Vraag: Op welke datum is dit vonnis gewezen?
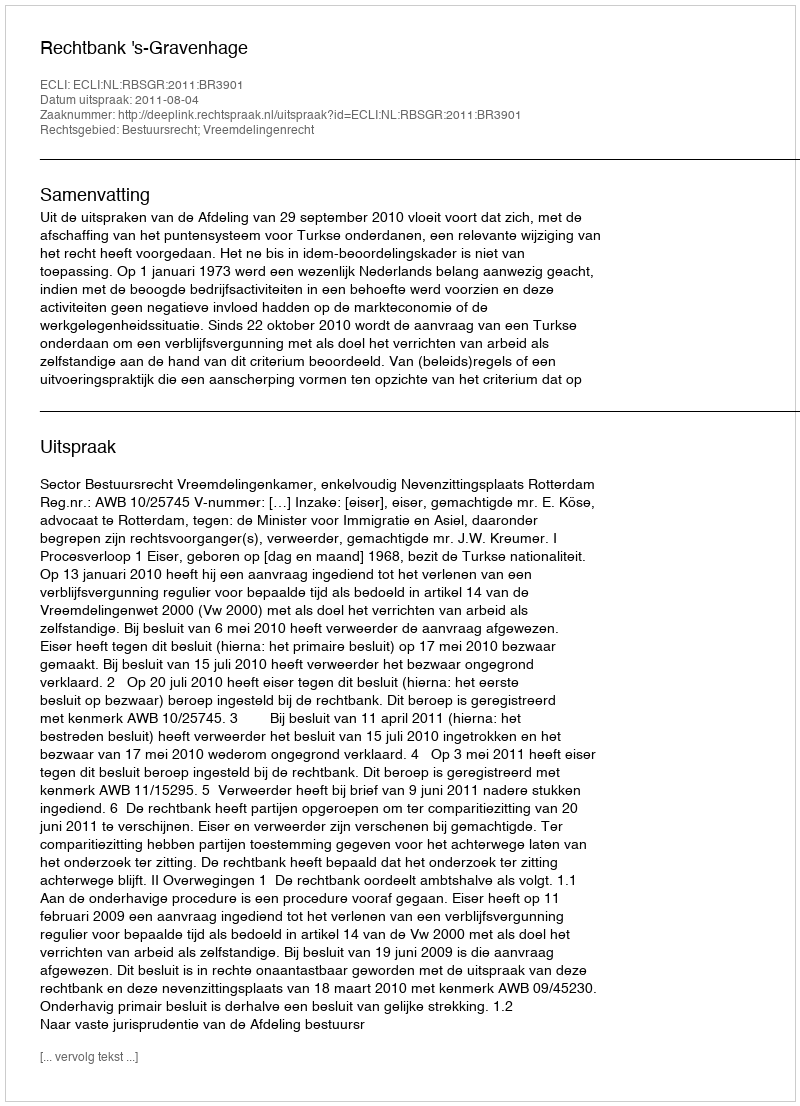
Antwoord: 2011-08-04